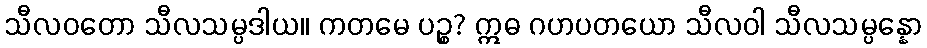
သီလဝတော သီလသမ္ပဒါယ။ ကတမေ ပဉ္စ? ဣဓ ဂဟပတယော သီလဝါ သီလသမ္ပန္နော